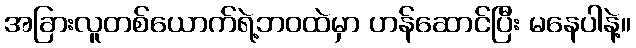
အခြားလူတစ်ယောက်ရဲ့ဘဝထဲမှာ ဟန်ဆောင်ပြီး မနေပါနဲ့။